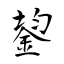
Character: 鋆